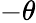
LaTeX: -\theta